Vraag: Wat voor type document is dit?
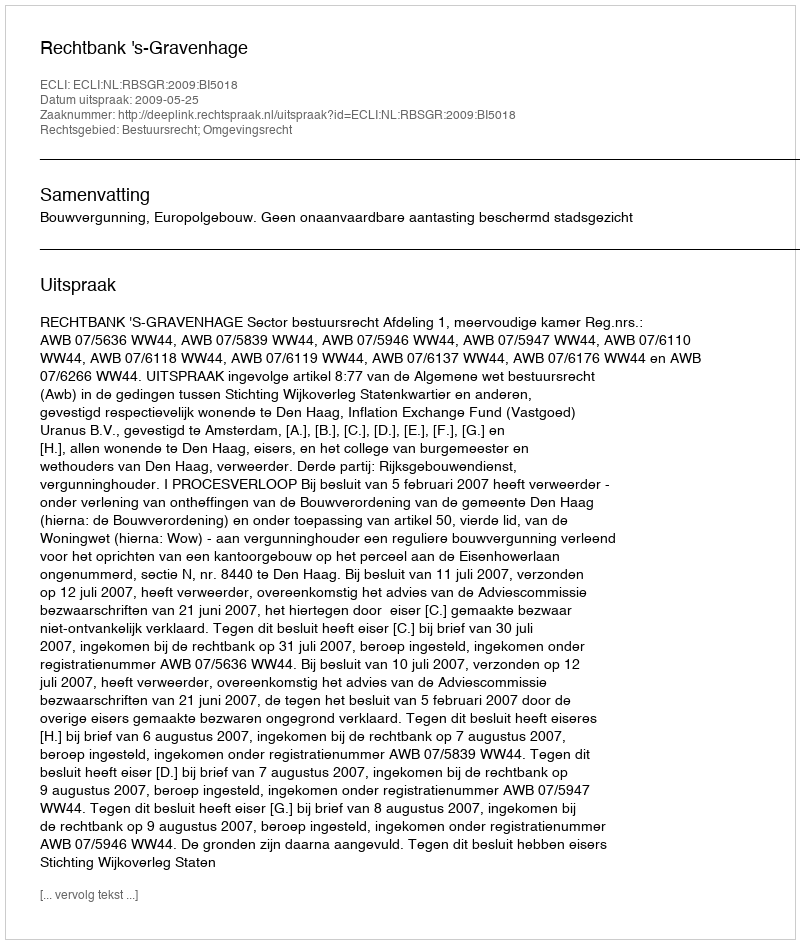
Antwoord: Uitspraak